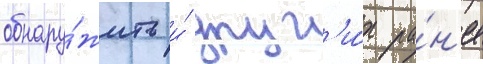
обнару́жить и́ друг'и́х ра́н'ее